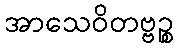
အာသေဝိတဗ္ဗဉ္စ